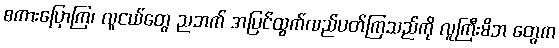
စကားပြောကြ၊ လူငယ်တွေ ညဘက် အပြင်ထွက်လည်ပတ်ကြသည်ကို လူကြီးမိဘ တွေက